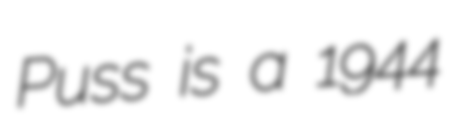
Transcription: Puss is a 1944